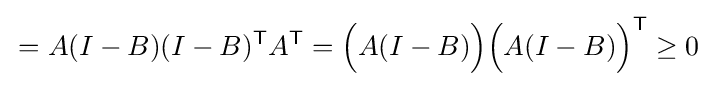
\,=A(I-B)(I-B)^{\mathsf {T}}A^{\mathsf {T}}={\Big (}A(I-B){\Big )}{\Big (}A(I-B){\Big )}^{\mathsf {T}}\geq 0